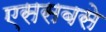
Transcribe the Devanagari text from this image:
एससबसे